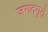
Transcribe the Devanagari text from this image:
जगतगुरो